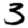
Digit: 3